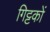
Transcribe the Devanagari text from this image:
गिट्टकों